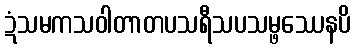
ဍံသမကသဝါတာတပသရီသပသမ္ဖဿေနပိ